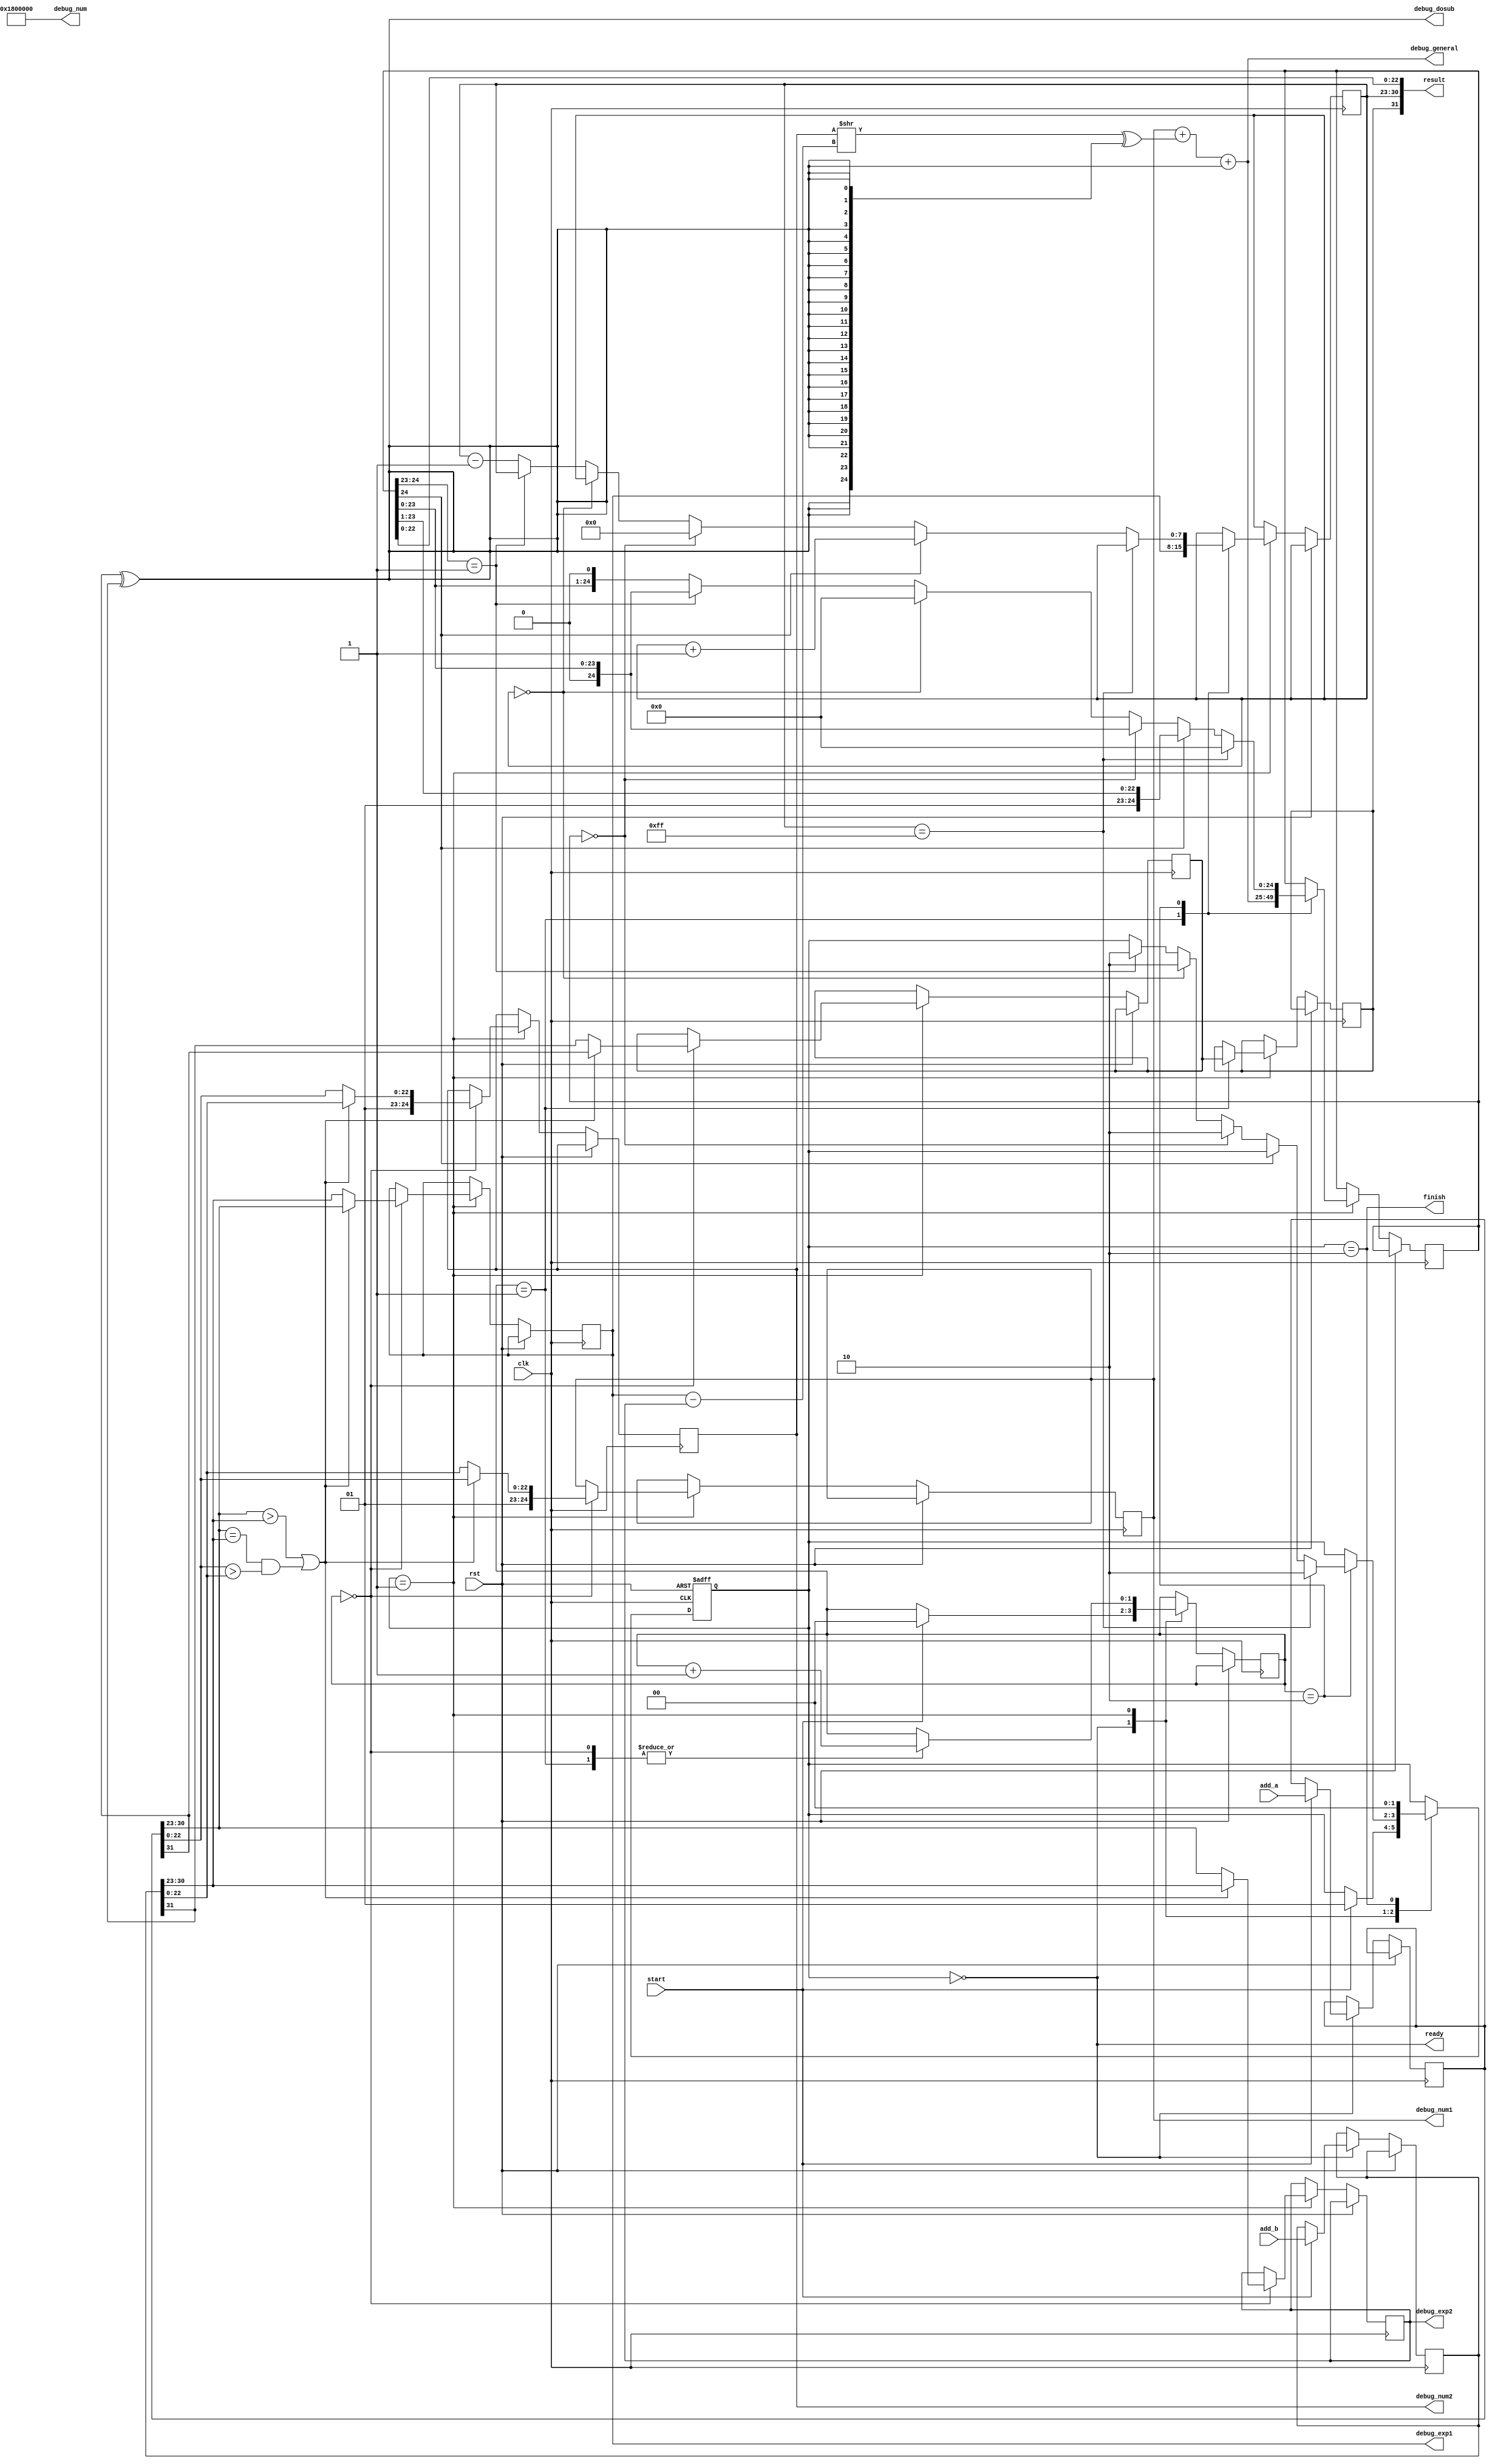
`timescale 1ns / 1ps
module Float32_Add
          (input clk,
           input rst,
           input [31:0] add_a,
           input [31:0] add_b,
           input start,
           output [31:0] result,
           output ready,
           output finish,
           output [24:0] debug_num, // Assigned at the end of the file,
           output debug_dosub,
           output [24:0] debug_num1, 
           output [24:0] debug_num2,
           output [7:0] debug_exp1,
           output [7:0] debug_exp2,
           output [24:0] debug_general
);

    
    localparam READY  = 2'b00;
    localparam BUSY   = 2'b01;
    localparam FINISH = 2'b10;
    
    reg [1:0] state;  // State register
    reg [31:0] op_a, op_b; // Store operands
    reg [31:0] sum; // Store sum

    reg [1:0] stage; // The stage of floating point addition

    assign ready = (state == READY);
    assign finish = (state == FINISH);

    // sign1,sign2,exp1,exp2,num1,num2;
    // Note: Single-precision floating point representation is (sign[31], exp[30:23], num[22:0])

    // Operand registers
    reg sign1, sign2;
    reg [7:0] exp1, exp2;
    reg [24:0] num1, num2; // There are 2'b01 in front of the numbers

    // Operand non-registers
    wire op_a_sign, op_b_sign;
    wire [7:0] op_a_exp, op_b_exp;
    wire [22:0] op_a_num, op_b_num;

    assign op_a_sign = op_a[31];
    assign op_b_sign = op_b[31];
    assign op_a_exp = op_a[30:23];
    assign op_b_exp = op_b[30:23];
    assign op_a_num = op_a[22:0];
    assign op_b_num = op_b[22:0];

    // Result registers
    reg sign;
    reg [7:0] exp;
    reg [24:0] num; // Set width to 25 to fit num1 and num2

    // Result non-register(s)
    wire dosub;
    assign dosub = op_a_sign ^ op_b_sign;
    // return {sign,exp,num[22:0]};
    assign result = {sign, exp, num[22:0]};

    always @(posedge clk or posedge rst) begin
        if (rst) begin
            state <= READY;
        end
        else begin
            case (state)
                READY: begin
                    if (start) begin
                        op_a <= add_a;
                        op_b <= add_b;
                        state <= BUSY;
                        stage <= 2'b00;
                    end
                end
                BUSY: begin
                    case (stage)
                    
                        2'b00: begin
                            if (op_a_exp > op_b_exp || (op_a_exp == op_b_exp && op_a_num > op_b_num)) begin 
                                // let op1 be the bigger value, and op2 be the smaller one
                                sign1 <= op_a_sign;
                                exp1 <= op_a_exp;
                                num1 <= {2'b01, op_a_num};
                                // Assuming sign2, exp2, num2 are defined somewhere else
                                sign2 <= op_b_sign;
                                exp2 <= op_b_exp;
                                num2 <= {2'b01, op_b_num};
                            end
                            else begin
                                sign2 <= op_a_sign;
                                exp2 <= op_a_exp;
                                num2 <= {2'b01, op_a_num};
                                sign1 <= op_b_sign;
                                exp1 <= op_b_exp;
                                num1 <= {2'b01, op_b_num};
                            end

                            // ++stage
                            stage <= stage + 1;
                        end
                        2'b01: begin
                            sign <= sign1;
                            exp <= exp1;
                            num <= num1 + ((num2 >> (exp1 - exp2)) ^ {25{dosub}}) + dosub; // num = (signed and considers exponent) (num1 + num2)
                            // ++stage
                            stage <= stage + 1;
                        end
                        2'b10: begin
                            if (exp == 255) begin // Overflow
                                num <= 0;
                                state <= FINISH; // break;
                            end
                            else if (num[24]) begin // Carry
                                exp <= exp + 1;
                                num <= num >> 1;
                            end
                            else if (num == 0) begin // Num is zero, so all is zero
                                exp <= 0;
                                state <= FINISH; // break;
                            end
                            else if (exp == 0) begin
                                num <= 0;
                                state <= FINISH; // break;
                            end
                            else if (num[24:23] == 2'b01) begin
                                state <= FINISH; // break;
                            end
                            else begin
                                exp <= exp - 1;
                                num <= num << 1;
                            end
                        end
                    endcase
                end
                FINISH: begin
                    state <= READY;
                end
            endcase
        end
    end


    
    // DEBUG BEGIN
    assign debug_general = num1 + ((num2 >> (exp1 - exp2)) ^ {25{dosub}}) + dosub;
    assign debug_num = 25'h17fffff + 1'b1; // (num2 >> (exp1 - exp2)) ^ {25{dosub}} + dosub;
    assign debug_dosub = dosub;
    assign debug_num1 = num1;
    assign debug_num2 = num2;
    assign debug_exp1 = exp1;
    assign debug_exp2 = exp2;
    // DEBUG END
endmodule